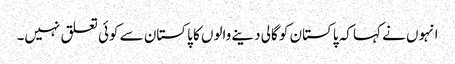
انہوں نے کہا کہ پاکستان کو گالی دینے والوں کا پاکستان سے کوئی تعلق نہیں۔